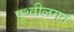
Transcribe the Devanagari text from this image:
पृथ्वीलगत